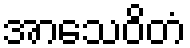
အာသေဝိတံ